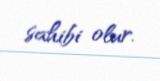
sahibi olur.